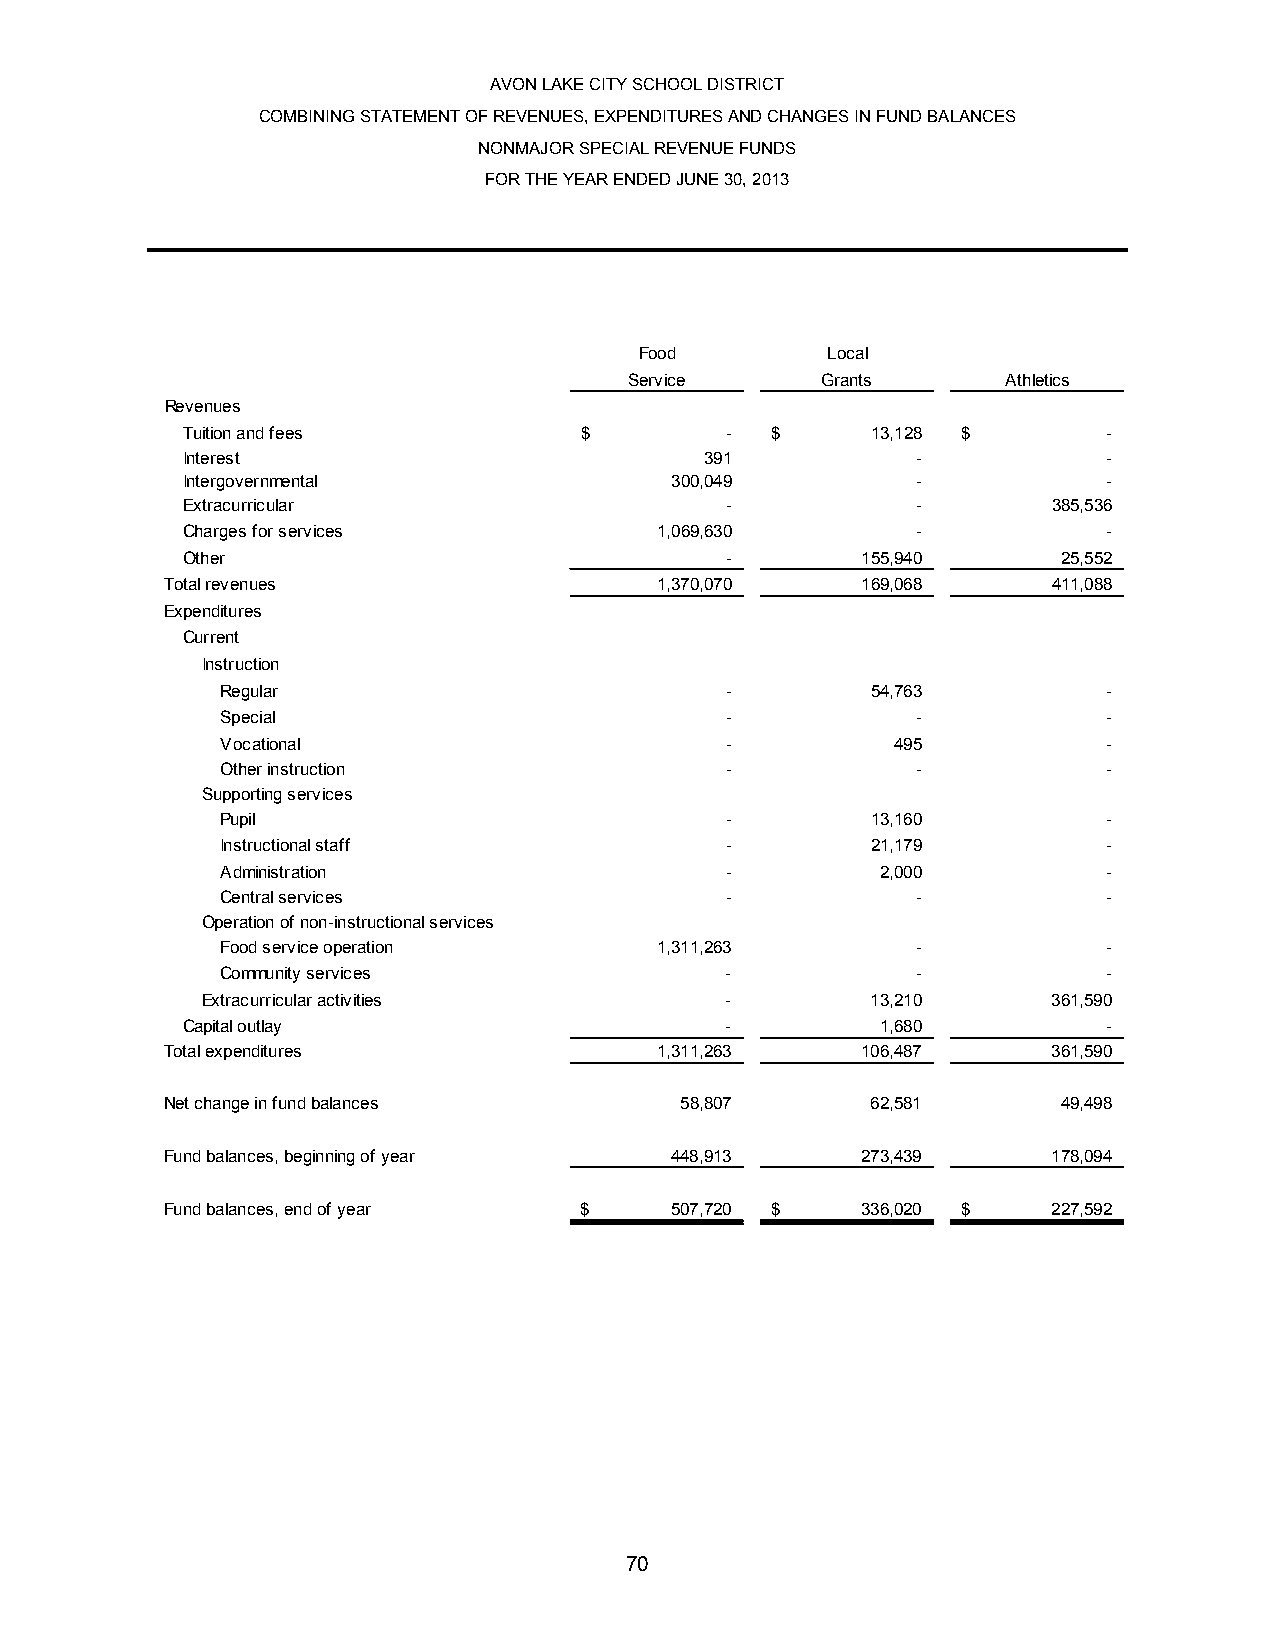
AVON LAKE CITY SCHOOL DISTRICT
 COMBINING STATEMENT OF REVENUES, EXPENDITURES AND CHANGES IN FUND BALANCES
 NONMAJOR SPECIAL REVENUE FUNDS
 FOR THE YEAR ENDED JUNE 30, 2013
 Food         Local
 Service     Grants       Athletics
 Revenues
 Tuition and fees          $         -  $      13,128 $       -
 Interest                           391           -           -
 Intergovernmental               300,049          -           -
 Extracurricular                     -            -        385,536
 Charges for services            1,069,630        -           -
 Other                               -        155,940      25,552
 Total revenues                   1,370,070    169,068      411,088
 Expenditures
 Current
 Instruction
 Regular                          -         54,763         -
 Special                          -            -           -
 Vocational                       -          495           -
 Other instruction                -            -           -
 Supporting services
 Pupil                            -         13,160         -
 Instructional staff              -         21,179         -
 Administration                   -         2,000          -
 Central services                 -            -           -
 Operation of non-instructional services
 Food service operation      1,311,263         -           -
 Community services               -            -           -
 Extracurricular activities         -         13,210      361,590
 Capital outlay                      -         1,680          -
 Total expenditures              1,311,263     106,487      361,590
 Net change in fund balances       58,807       62,581      49,498
 Fund balances, beginning of year 448,913      273,439      178,094
 Fund balances, end of year $     507,720 $    336,020 $    227,592
 70